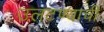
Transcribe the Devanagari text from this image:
उलटण्याची